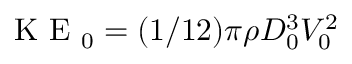
\mathrm { ~ K ~ E ~ } _ { 0 } = ( 1 / 1 2 ) \pi \rho D _ { 0 } ^ { 3 } V _ { 0 } ^ { 2 }